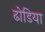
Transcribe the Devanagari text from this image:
ढोडिया